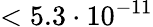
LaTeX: <5.3\cdot 10^{-11}